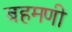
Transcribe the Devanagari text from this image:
बहमणी